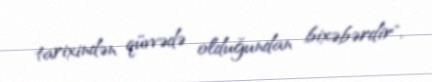
tarixindən qüvvədə olduğundan bixəbərdir".